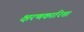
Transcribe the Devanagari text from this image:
क्षरणकारिता